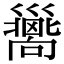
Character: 𢀉